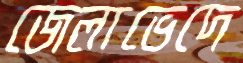
জেলাভেদে